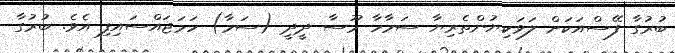
ބުރުގާ ފޭސްއަކަށް ލަވަކިޔުންތެރިޔާ ސަމާހާ މޫސާ ދީދީ (ސަމާ) ހަމަޖައްސައިފި އެވެ. ބުރުގާ